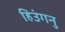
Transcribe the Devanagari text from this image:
हिउंगनु